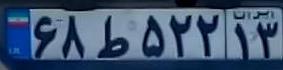
۶۸ط۵۲۲۱۳